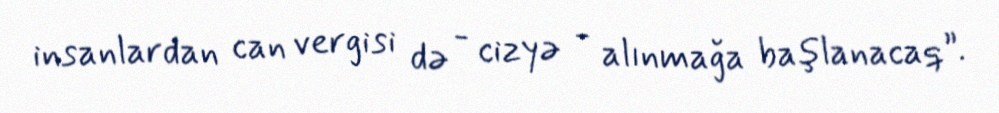
insanlardan can vergisi də - cizyə - alınmağa başlanacaq”.